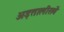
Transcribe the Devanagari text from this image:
अड़तालीसवें